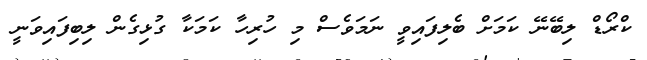
ކްރޯޑް ލިބޭނޭ ކަމަށް ބެލިފައިވީ ނަމަވެސް މި ހުރިހާ ކަމަކާ ގުޅިގެން ލިބިފައިވަނީ